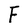
Character: F